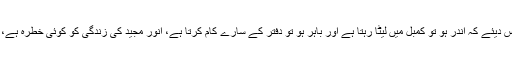
چیف جسٹس نے اومنی گروپ کے وکیل کی استدعا مسترد کرتے ہوئے ریمارکس دیئے کہ اندر ہو تو کمبل میں لیٹا رہتا ہے اور باہر ہو تو دفتر کے سارے کام کرتا ہے، انور مجید کی زندگی کو کوئی خطرہ ہے، وہ سندھ حکومت کا پیارا ہے، سندھ حکومت والے ان کا زیادہ خیال رکھیں گے ۔